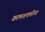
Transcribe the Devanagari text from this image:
कामशक्तीचा